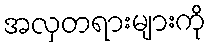
အလှတရားများကို